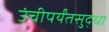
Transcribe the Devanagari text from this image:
उंचीपर्यंतसुद्धा